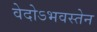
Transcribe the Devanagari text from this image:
वेदोऽभवस्तेन